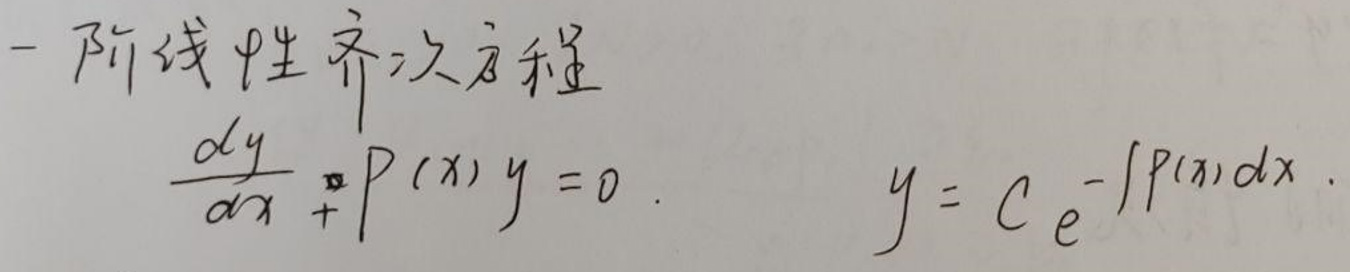
一阶线性齐次方程
\[
\frac{dy}{dx} + P(x)y = 0, \quad y = C e^{-\int P(x)dx}
\]